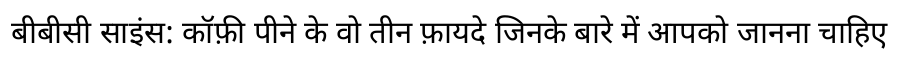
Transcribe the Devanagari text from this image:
बीबीसी साइंस: कॉफ़ी पीने के वो तीन फ़ायदे जिनके बारे में आपको जानना चाहिए